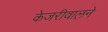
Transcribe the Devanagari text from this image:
केजरीवालने